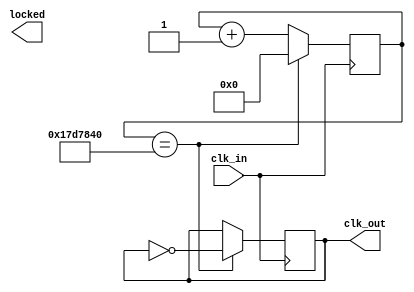
module ClockDivider (
	clk_in,
	clk_out,
	locked);

	output	  locked; // clock is paused when locked is 1

  // Implement this yourself
  // Slow down the clock to ensure the cycle is long enough for all operations to execute
  // If you don't, you might get weird errors
	input clk_in;
	output clk_out;
	parameter counter = 25000000;
	reg[31:0] clk_count;
	reg clk = 0;
	always @ (posedge clk_in) begin
		if (clk_count == counter) begin
			clk <= ~clk;
			clk_count <= 0;
		end
		else begin
			clk_count <= clk_count + 1;
		end
	end
	assign clk_out = clk;

endmodule